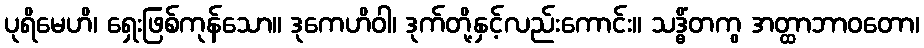
ပုရိမေဟိ၊ ရှေးဖြစ်ကုန်သော။ ဒုကေဟိဝါ၊ ဒုက်တို့နှင့်လည်းကောင်း။ သဒ္ဓိံတကွ အတ္ထာဘာဝတော၊